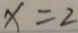
x = 2